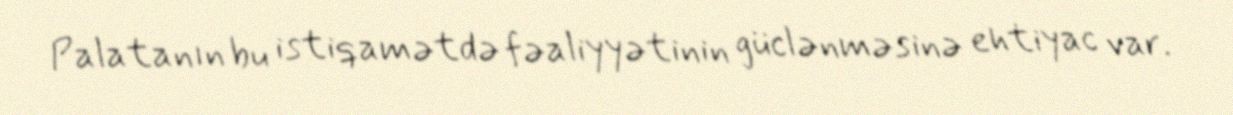
Palatanın bu istiqamətdə fəaliyyətinin güclənməsinə ehtiyac var.